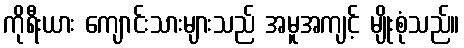
ကိုရီးယား ကျောင်းသားများသည် အမူအကျင့် မျိုးစုံသည်။